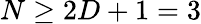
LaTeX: N\geq 2D+1=3